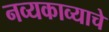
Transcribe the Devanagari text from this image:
नव्यकाव्याचे